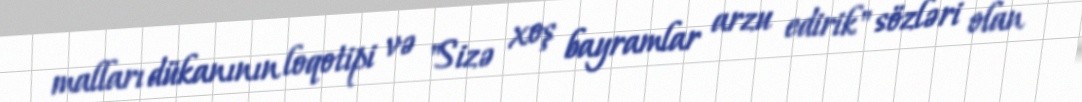
malları dükanının loqotipi və "Sizə xoş bayramlar arzu edirik" sözləri olan